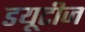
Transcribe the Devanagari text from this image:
डयूटीज